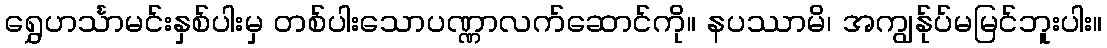
ရွှေဟင်္သာမင်းနှစ်ပါးမှ တစ်ပါးသောပဏ္ဏာလက်ဆောင်ကို။ နပဿာမိ၊ အကျွန်ုပ်မမြင်ဘူးပါး။